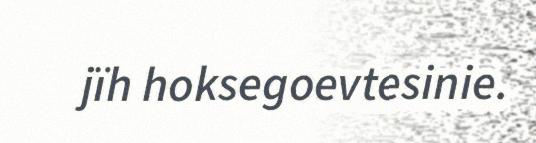
jïh hoksegoevtesinie.